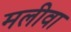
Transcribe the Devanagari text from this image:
मलीवा